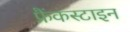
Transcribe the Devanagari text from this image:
फ्रैंकस्टाइन